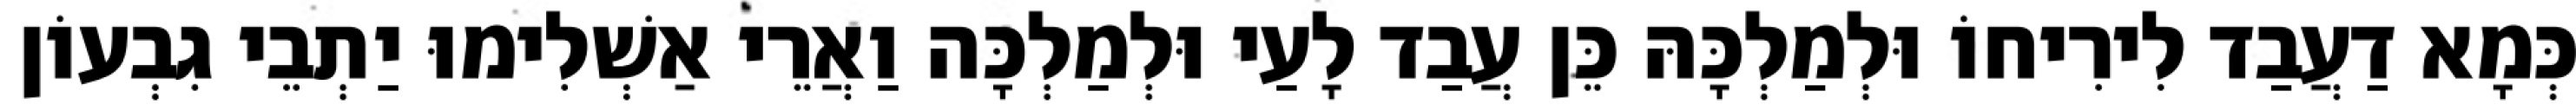
כְּמָא דַעֲבַד לִירִיחוֹ וּלְמַלְכָּהּ כֵּן עֲבַד לָעַי וּלְמַלְכָּה וַאֲרֵי אַשְׁלִימוּ יַתְבֵי גִבְעוֹן